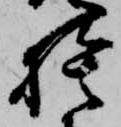
捨